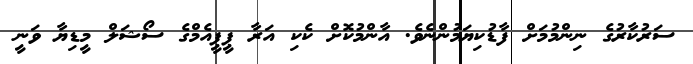
ސަރުކާރުގެ ނިންމުމަށް ފާޑުކިޔަމުންނެވެ. އާންމުކޮށް ކެކި އަރާ ޕީޕީއެމްގެ ސޯޝަލް މީޑިޔާ ވަނީ